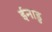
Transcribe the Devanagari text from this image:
ईनाडु